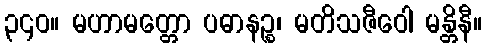
၃၄၀။ မဟာမတ္တော ပဓာနဉ္စ၊ မတိသဇီဝေါ မန္တိနီ။